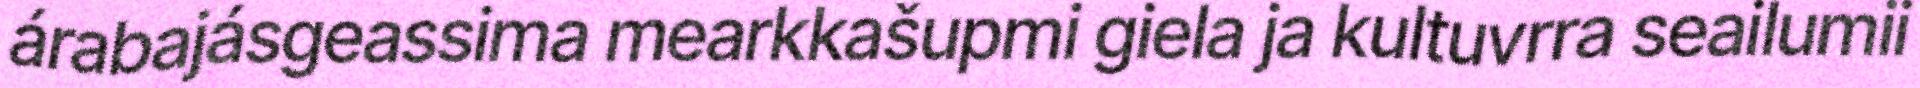
árabajásgeassima mearkkašupmi giela ja kultuvrra seailumii